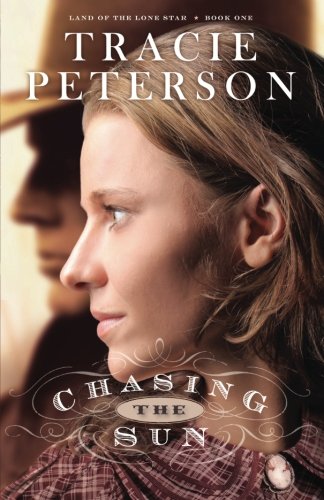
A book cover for Chasing the Sun (Land of the Lone Star) (Volume 1); Tracie Peterson; Romance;